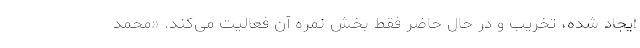
ایجاد شده، تخریب و در حال حاضر فقط بخش نمره آن فعالیت می‌کند. «محمد